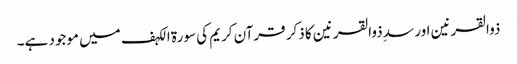
ذوالقرنین اور سدِ ذوالقرنین کا ذکر قرآن کریم کی سورة الکہف میں موجود ہے۔